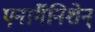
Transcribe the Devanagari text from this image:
एनार्गैनिशेन्